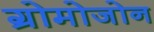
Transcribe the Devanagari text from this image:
ग्रोमोजोन